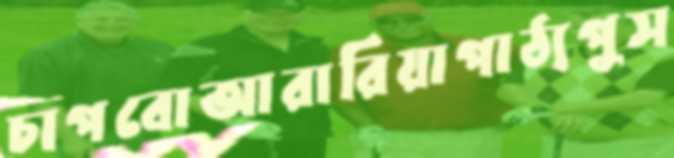
চাপবোআরারিয়াপাঠ্যপুস